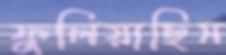
ফুলিয়াছিস